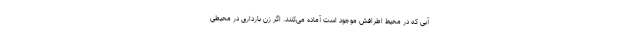
آبی که در محیط اطرافش موجود است آماده می‌کنند. اگر زن بارداری در محیطی